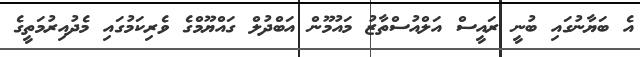
އެ ބަޔާނުގައި ބުނީ ރައީސް އަލްއުސްތާޒު މައުމޫން އަބްދުލް ގައްޔޫމްގެ ވެރިކަމުގައި މެދުއިރުމަތީގެ